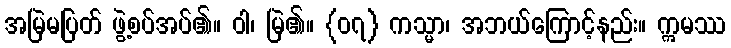
အမြဲမပြတ် ဖွဲ့စပ်အပ်၏။ ဝါ၊ မြဲ၏။ {၀၇} ကသ္မာ၊ အဘယ်ကြောင့်နည်း။ ဣမဿ